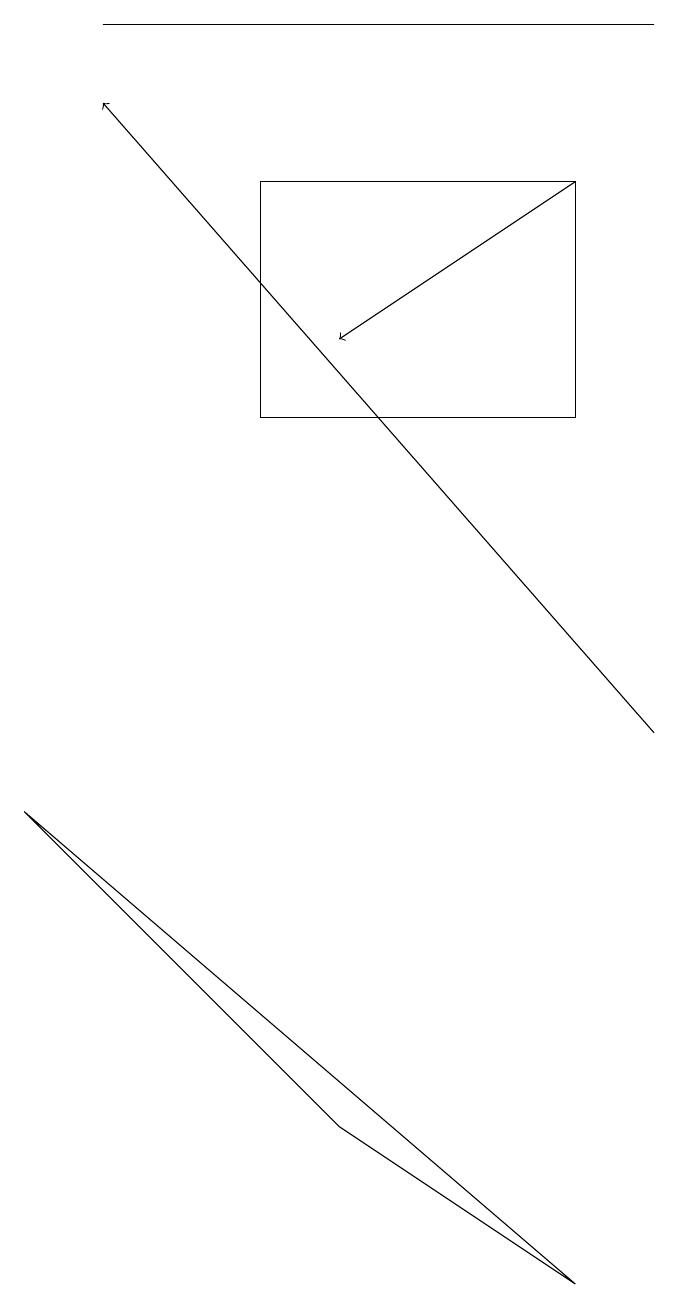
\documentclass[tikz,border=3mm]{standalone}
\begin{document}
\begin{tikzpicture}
\draw[->] (7,17) -- (4,15);
\draw (7,3) -- (0,9) -- (4,5) -- cycle;
\draw (8,19) rectangle (1,19);
\draw (7,17) rectangle (3,14);
\draw[->] (8,10) -- (1,18);
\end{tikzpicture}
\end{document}